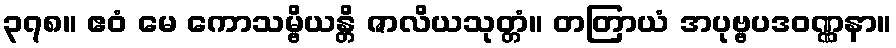
၃၇၈။ ဧဝံ မေ ကောသမ္ဗိယန္တိ ဇာလိယသုတ္တံ။ တတြာယံ အပုဗ္ဗပဒဝဏ္ဏနာ။